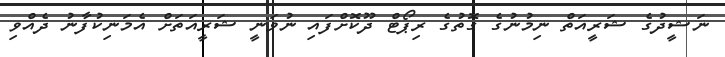
ނަޝީދުގެ ޝަރީއަތް ނިމުނުގެ ގޮތުގެ ރިޕޯޓް ދޫކޮށްފައި ނުވަނީ ޝަރީއަތަށް އެމަނިކުފާނު ދެއްވި